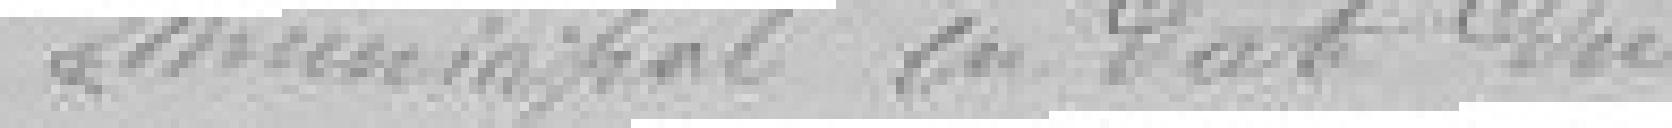
Municipal en date du